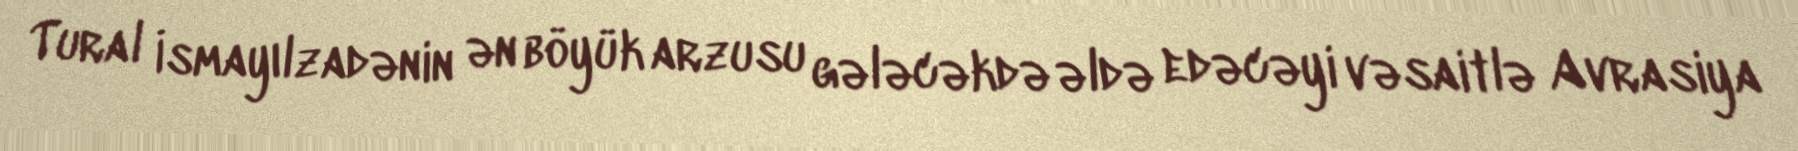
Tural İsmayılzadənin ən böyük arzusu gələcəkdə əldə edəcəyi vəsaitlə Avrasiya